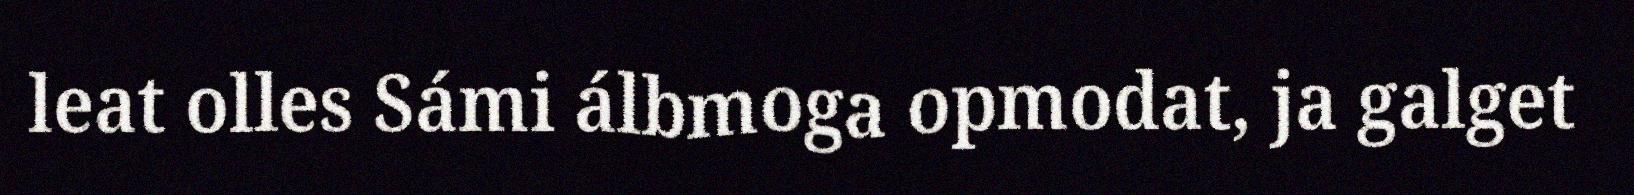
leat olles Sámi álbmoga opmodat, ja galget